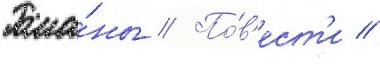
Рома́ны // По́в'ест'и //